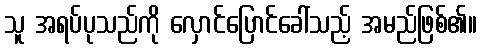
သူ အရပ်ပုသည်ကို လှောင်ပြောင်ခေါ်သည့် အမည်ဖြစ်၏။